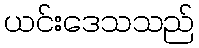
ယင်းဒေသသည်